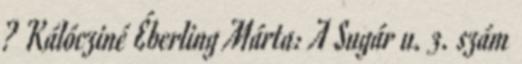
? Kálócziné Éberling Márta: A Sugár u. 3. szám